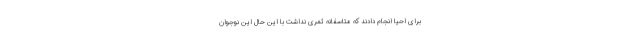
برای احیا انجام دادند که متاسفانه ثمری نداشت با این حال این نوجوان